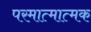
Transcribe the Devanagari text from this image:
परमात्मात्मक